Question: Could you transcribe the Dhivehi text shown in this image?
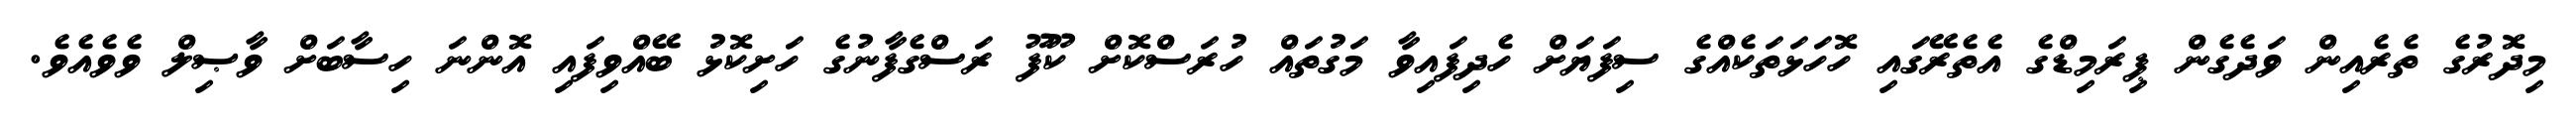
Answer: މިދޮރުގެ ތެރެއިން ވަދެގެން ޕިރަމިޑްގެ އެތެރޭގައި ހޮހަޅަތަކެއްގެ ސިފަޔަށް ހެދިފައިވާ މަގުތައް ހުރަސްކޮށް ކޫފޫ ރަސްގެފާނުގެ ހަށިކޮޅު ބޭއްވިފައި އޮންނަ ހިސާބަށް ވާޞިލް ވެވެއެވެ.